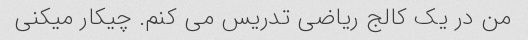
من در یک کالج ریاضی تدریس می کنم. چیکار میکنی